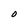
Character: O